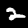
Digit: 2